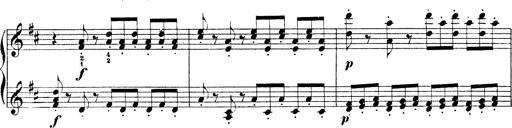
Title: Illustrations de l'opÃ©ra L'Africaine
Composer: Franz Liszt